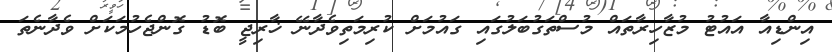
އިންޑިއާ އައުޓު މުޒާހިރާތައް މުސްތަގުބަލުގައި ގައުމަށް ކުރިމަތިވެދާނޭ ޚާރިޖީ ބޮޑު ގޮންޖެހުމަކަށް ވެދާނެތަ